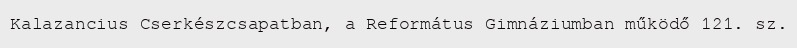
Kalazancius Cserkészcsapatban, a Református Gimnáziumban működő 121. sz.